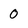
Character: 0